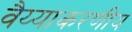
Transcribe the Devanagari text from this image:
वैय्याकरणीय